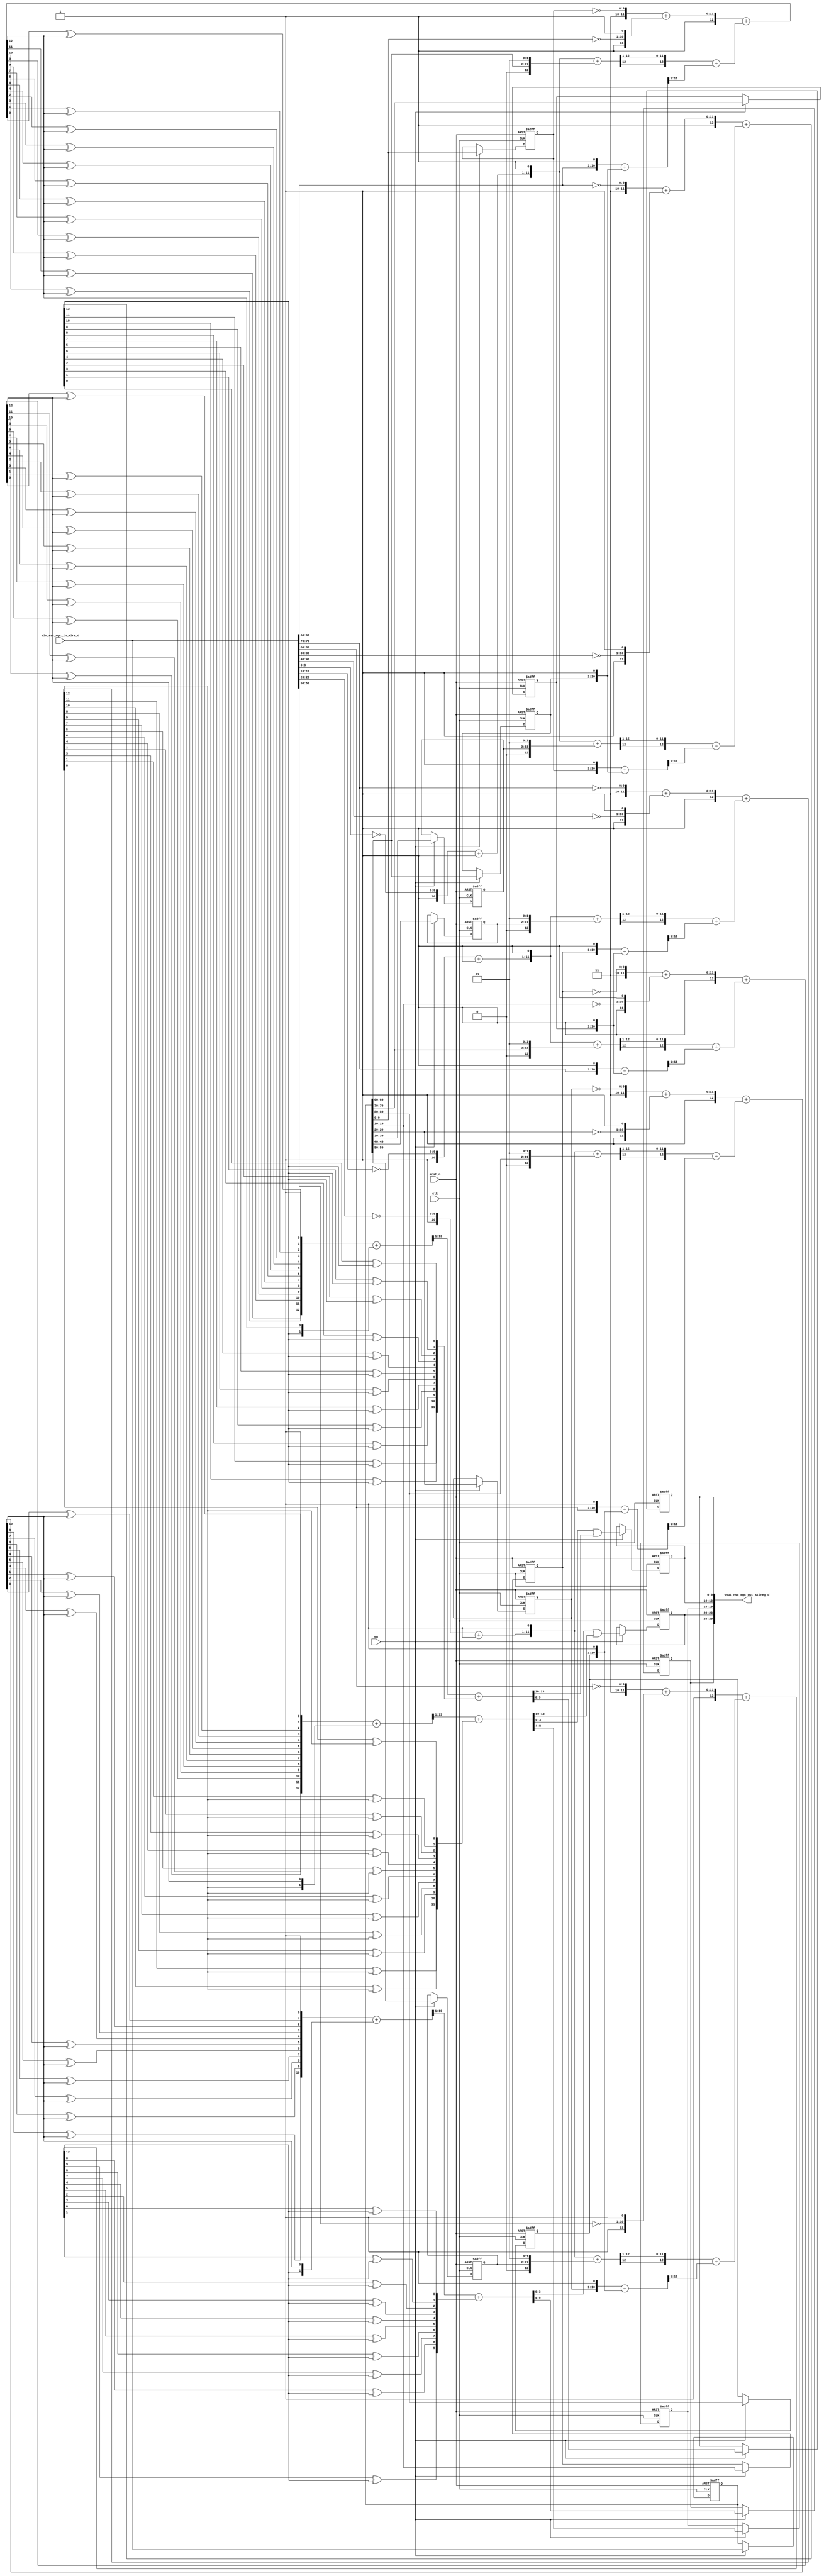
module mean_vga_core (
  clk, en, arst_n, vin_rsc_mgc_in_wire_d, vout_rsc_mgc_out_stdreg_d
);
  input clk;
  input en;
  input arst_n;
  input [89:0] vin_rsc_mgc_in_wire_d;
  output [29:0] vout_rsc_mgc_out_stdreg_d;


  // Interconnect Declarations
  reg [9:0] regs_regs_slc_regs_regs_2_3_itm;
  reg [9:0] regs_regs_slc_regs_regs_2_4_itm;
  reg [9:0] regs_regs_slc_regs_regs_2_5_itm;
  reg [9:0] regs_regs_slc_regs_regs_2_itm;
  reg [9:0] regs_regs_slc_regs_regs_2_6_itm;
  reg [9:0] regs_regs_slc_regs_regs_2_1_itm;
  reg [9:0] regs_regs_slc_regs_regs_2_7_itm;
  reg [9:0] regs_regs_slc_regs_regs_2_2_itm;
  reg [9:0] regs_regs_slc_regs_regs_2_8_itm;
  reg [89:0] reg_regs_regs_0_sva_cse;
  wire [9:0] abs_acc_sdt;
  wire [10:0] nl_abs_acc_sdt;
  reg [5:0] reg_vout_rsc_mgc_out_stdreg_d_tmp;
  reg [3:0] reg_vout_rsc_mgc_out_stdreg_d_tmp_1;
  reg [5:0] reg_vout_rsc_mgc_out_stdreg_d_tmp_2;
  reg [3:0] reg_vout_rsc_mgc_out_stdreg_d_tmp_3;
  reg [9:0] reg_vout_rsc_mgc_out_stdreg_d_tmp_4;
  wire [12:0] FRAME_acc_26_psp_sva;
  wire [14:0] nl_FRAME_acc_26_psp_sva;
  wire [12:0] acc_2_psp_sva;
  wire [14:0] nl_acc_2_psp_sva;
  wire [13:0] FRAME_acc_48_psp_sva;
  wire [14:0] nl_FRAME_acc_48_psp_sva;
  wire [13:0] abs_4_acc_sdt_sva;
  wire [14:0] nl_abs_4_acc_sdt_sva;
  wire [12:0] FRAME_acc_44_psp_sva;
  wire [14:0] nl_FRAME_acc_44_psp_sva;
  wire [12:0] FRAME_acc_13_psp_sva;
  wire [14:0] nl_FRAME_acc_13_psp_sva;
  wire [12:0] FRAME_acc_35_psp_sva;
  wire [14:0] nl_FRAME_acc_35_psp_sva;
  wire [12:0] FRAME_acc_4_psp_sva;
  wire [14:0] nl_FRAME_acc_4_psp_sva;
  wire [10:0] FRAME_acc_12_itm;
  wire [11:0] nl_FRAME_acc_12_itm;
  wire [10:0] FRAME_acc_3_itm;
  wire [11:0] nl_FRAME_acc_3_itm;
  wire [10:0] acc_1_itm;
  wire [11:0] nl_acc_1_itm;


  // Interconnect Declarations for Component Instantiations 
  assign nl_abs_acc_sdt = (readslicef_11_10_1((({((FRAME_acc_26_psp_sva[9]) ^ (FRAME_acc_26_psp_sva[12]))
      , ((FRAME_acc_26_psp_sva[8]) ^ (FRAME_acc_26_psp_sva[12])) , ((FRAME_acc_26_psp_sva[7])
      ^ (FRAME_acc_26_psp_sva[12])) , ((FRAME_acc_26_psp_sva[6]) ^ (FRAME_acc_26_psp_sva[12]))
      , ((FRAME_acc_26_psp_sva[5]) ^ (FRAME_acc_26_psp_sva[12])) , ((FRAME_acc_26_psp_sva[4])
      ^ (FRAME_acc_26_psp_sva[12])) , ((FRAME_acc_26_psp_sva[3]) ^ (FRAME_acc_26_psp_sva[12]))
      , ((FRAME_acc_26_psp_sva[2]) ^ (FRAME_acc_26_psp_sva[12])) , ((FRAME_acc_26_psp_sva[1])
      ^ (FRAME_acc_26_psp_sva[12])) , ((FRAME_acc_26_psp_sva[0]) ^ (FRAME_acc_26_psp_sva[12]))
      , 1'b1}) + conv_u2u_2_11({(acc_2_psp_sva[12]) , (FRAME_acc_26_psp_sva[12])}))))
      + ({((acc_2_psp_sva[9]) ^ (acc_2_psp_sva[12])) , ((acc_2_psp_sva[8]) ^ (acc_2_psp_sva[12]))
      , ((acc_2_psp_sva[7]) ^ (acc_2_psp_sva[12])) , ((acc_2_psp_sva[6]) ^ (acc_2_psp_sva[12]))
      , ((acc_2_psp_sva[5]) ^ (acc_2_psp_sva[12])) , ((acc_2_psp_sva[4]) ^ (acc_2_psp_sva[12]))
      , ((acc_2_psp_sva[3]) ^ (acc_2_psp_sva[12])) , ((acc_2_psp_sva[2]) ^ (acc_2_psp_sva[12]))
      , ((acc_2_psp_sva[1]) ^ (acc_2_psp_sva[12])) , ((acc_2_psp_sva[0]) ^ (acc_2_psp_sva[12]))});
  assign abs_acc_sdt = nl_abs_acc_sdt[9:0];
  assign vout_rsc_mgc_out_stdreg_d = {reg_vout_rsc_mgc_out_stdreg_d_tmp , reg_vout_rsc_mgc_out_stdreg_d_tmp_1
      , reg_vout_rsc_mgc_out_stdreg_d_tmp_2 , reg_vout_rsc_mgc_out_stdreg_d_tmp_3
      , reg_vout_rsc_mgc_out_stdreg_d_tmp_4};
  assign nl_FRAME_acc_26_psp_sva = ({1'b1 , (({2'b11 , (~ regs_regs_slc_regs_regs_2_itm)})
      + ({1'b1 , (~ (reg_regs_regs_0_sva_cse[29:20])) , 1'b1}))}) + (conv_s2s_12_13(readslicef_13_12_1((conv_s2s_12_13({acc_1_itm
      , 1'b1}) + conv_u2s_12_13({(reg_regs_regs_0_sva_cse[89:80]) , 2'b1})))) + conv_u2s_11_13(readslicef_12_11_1((conv_u2u_11_12({(vin_rsc_mgc_in_wire_d[89:80])
      , 1'b1}) + conv_u2u_11_12({regs_regs_slc_regs_regs_2_6_itm , 1'b1})))));
  assign FRAME_acc_26_psp_sva = nl_FRAME_acc_26_psp_sva[12:0];
  assign nl_acc_2_psp_sva = ({1'b1 , (({2'b11 , (~ (vin_rsc_mgc_in_wire_d[89:80]))})
      + ({1'b1 , (~ (vin_rsc_mgc_in_wire_d[59:50])) , 1'b1}))}) + (conv_s2s_12_13(readslicef_13_12_1((conv_s2s_12_13({acc_1_itm
      , 1'b1}) + conv_u2s_12_13({regs_regs_slc_regs_regs_2_3_itm , 2'b1})))) + conv_u2s_11_13(readslicef_12_11_1((conv_u2u_11_12({regs_regs_slc_regs_regs_2_itm
      , 1'b1}) + conv_u2u_11_12({regs_regs_slc_regs_regs_2_6_itm , 1'b1})))));
  assign acc_2_psp_sva = nl_acc_2_psp_sva[12:0];
  assign nl_FRAME_acc_48_psp_sva = conv_u2u_13_14(readslicef_14_13_1((conv_u2u_13_14({((FRAME_acc_35_psp_sva[11])
      ^ (FRAME_acc_35_psp_sva[12])) , ((FRAME_acc_35_psp_sva[10]) ^ (FRAME_acc_35_psp_sva[12]))
      , ((FRAME_acc_35_psp_sva[9]) ^ (FRAME_acc_35_psp_sva[12])) , ((FRAME_acc_35_psp_sva[8])
      ^ (FRAME_acc_35_psp_sva[12])) , ((FRAME_acc_35_psp_sva[7]) ^ (FRAME_acc_35_psp_sva[12]))
      , ((FRAME_acc_35_psp_sva[6]) ^ (FRAME_acc_35_psp_sva[12])) , ((FRAME_acc_35_psp_sva[5])
      ^ (FRAME_acc_35_psp_sva[12])) , ((FRAME_acc_35_psp_sva[4]) ^ (FRAME_acc_35_psp_sva[12]))
      , ((FRAME_acc_35_psp_sva[3]) ^ (FRAME_acc_35_psp_sva[12])) , ((FRAME_acc_35_psp_sva[2])
      ^ (FRAME_acc_35_psp_sva[12])) , ((FRAME_acc_35_psp_sva[1]) ^ (FRAME_acc_35_psp_sva[12]))
      , ((FRAME_acc_35_psp_sva[0]) ^ (FRAME_acc_35_psp_sva[12])) , 1'b1}) + conv_u2u_2_14({(FRAME_acc_4_psp_sva[12])
      , (FRAME_acc_35_psp_sva[12])})))) + conv_u2u_12_14({((FRAME_acc_4_psp_sva[11])
      ^ (FRAME_acc_4_psp_sva[12])) , ((FRAME_acc_4_psp_sva[10]) ^ (FRAME_acc_4_psp_sva[12]))
      , ((FRAME_acc_4_psp_sva[9]) ^ (FRAME_acc_4_psp_sva[12])) , ((FRAME_acc_4_psp_sva[8])
      ^ (FRAME_acc_4_psp_sva[12])) , ((FRAME_acc_4_psp_sva[7]) ^ (FRAME_acc_4_psp_sva[12]))
      , ((FRAME_acc_4_psp_sva[6]) ^ (FRAME_acc_4_psp_sva[12])) , ((FRAME_acc_4_psp_sva[5])
      ^ (FRAME_acc_4_psp_sva[12])) , ((FRAME_acc_4_psp_sva[4]) ^ (FRAME_acc_4_psp_sva[12]))
      , ((FRAME_acc_4_psp_sva[3]) ^ (FRAME_acc_4_psp_sva[12])) , ((FRAME_acc_4_psp_sva[2])
      ^ (FRAME_acc_4_psp_sva[12])) , ((FRAME_acc_4_psp_sva[1]) ^ (FRAME_acc_4_psp_sva[12]))
      , ((FRAME_acc_4_psp_sva[0]) ^ (FRAME_acc_4_psp_sva[12]))});
  assign FRAME_acc_48_psp_sva = nl_FRAME_acc_48_psp_sva[13:0];
  assign nl_abs_4_acc_sdt_sva = conv_u2u_13_14(readslicef_14_13_1((conv_u2u_13_14({((FRAME_acc_44_psp_sva[11])
      ^ (FRAME_acc_44_psp_sva[12])) , ((FRAME_acc_44_psp_sva[10]) ^ (FRAME_acc_44_psp_sva[12]))
      , ((FRAME_acc_44_psp_sva[9]) ^ (FRAME_acc_44_psp_sva[12])) , ((FRAME_acc_44_psp_sva[8])
      ^ (FRAME_acc_44_psp_sva[12])) , ((FRAME_acc_44_psp_sva[7]) ^ (FRAME_acc_44_psp_sva[12]))
      , ((FRAME_acc_44_psp_sva[6]) ^ (FRAME_acc_44_psp_sva[12])) , ((FRAME_acc_44_psp_sva[5])
      ^ (FRAME_acc_44_psp_sva[12])) , ((FRAME_acc_44_psp_sva[4]) ^ (FRAME_acc_44_psp_sva[12]))
      , ((FRAME_acc_44_psp_sva[3]) ^ (FRAME_acc_44_psp_sva[12])) , ((FRAME_acc_44_psp_sva[2])
      ^ (FRAME_acc_44_psp_sva[12])) , ((FRAME_acc_44_psp_sva[1]) ^ (FRAME_acc_44_psp_sva[12]))
      , ((FRAME_acc_44_psp_sva[0]) ^ (FRAME_acc_44_psp_sva[12])) , 1'b1}) + conv_u2u_2_14({(FRAME_acc_13_psp_sva[12])
      , (FRAME_acc_44_psp_sva[12])})))) + conv_u2u_12_14({((FRAME_acc_13_psp_sva[11])
      ^ (FRAME_acc_13_psp_sva[12])) , ((FRAME_acc_13_psp_sva[10]) ^ (FRAME_acc_13_psp_sva[12]))
      , ((FRAME_acc_13_psp_sva[9]) ^ (FRAME_acc_13_psp_sva[12])) , ((FRAME_acc_13_psp_sva[8])
      ^ (FRAME_acc_13_psp_sva[12])) , ((FRAME_acc_13_psp_sva[7]) ^ (FRAME_acc_13_psp_sva[12]))
      , ((FRAME_acc_13_psp_sva[6]) ^ (FRAME_acc_13_psp_sva[12])) , ((FRAME_acc_13_psp_sva[5])
      ^ (FRAME_acc_13_psp_sva[12])) , ((FRAME_acc_13_psp_sva[4]) ^ (FRAME_acc_13_psp_sva[12]))
      , ((FRAME_acc_13_psp_sva[3]) ^ (FRAME_acc_13_psp_sva[12])) , ((FRAME_acc_13_psp_sva[2])
      ^ (FRAME_acc_13_psp_sva[12])) , ((FRAME_acc_13_psp_sva[1]) ^ (FRAME_acc_13_psp_sva[12]))
      , ((FRAME_acc_13_psp_sva[0]) ^ (FRAME_acc_13_psp_sva[12]))});
  assign abs_4_acc_sdt_sva = nl_abs_4_acc_sdt_sva[13:0];
  assign nl_FRAME_acc_44_psp_sva = ({1'b1 , (({2'b11 , (~ regs_regs_slc_regs_regs_2_2_itm)})
      + ({1'b1 , (~ (reg_regs_regs_0_sva_cse[9:0])) , 1'b1}))}) + (conv_s2s_12_13(readslicef_13_12_1((conv_s2s_12_13({FRAME_acc_12_itm
      , 1'b1}) + conv_u2s_12_13({(reg_regs_regs_0_sva_cse[69:60]) , 2'b1})))) + conv_u2s_11_13(readslicef_12_11_1((conv_u2u_11_12({(vin_rsc_mgc_in_wire_d[69:60])
      , 1'b1}) + conv_u2u_11_12({regs_regs_slc_regs_regs_2_8_itm , 1'b1})))));
  assign FRAME_acc_44_psp_sva = nl_FRAME_acc_44_psp_sva[12:0];
  assign nl_FRAME_acc_13_psp_sva = ({1'b1 , (({2'b11 , (~ (vin_rsc_mgc_in_wire_d[69:60]))})
      + ({1'b1 , (~ (vin_rsc_mgc_in_wire_d[39:30])) , 1'b1}))}) + (conv_s2s_12_13(readslicef_13_12_1((conv_s2s_12_13({FRAME_acc_12_itm
      , 1'b1}) + conv_u2s_12_13({regs_regs_slc_regs_regs_2_5_itm , 2'b1})))) + conv_u2s_11_13(readslicef_12_11_1((conv_u2u_11_12({regs_regs_slc_regs_regs_2_2_itm
      , 1'b1}) + conv_u2u_11_12({regs_regs_slc_regs_regs_2_8_itm , 1'b1})))));
  assign FRAME_acc_13_psp_sva = nl_FRAME_acc_13_psp_sva[12:0];
  assign nl_FRAME_acc_35_psp_sva = ({1'b1 , (({2'b11 , (~ regs_regs_slc_regs_regs_2_1_itm)})
      + ({1'b1 , (~ (reg_regs_regs_0_sva_cse[19:10])) , 1'b1}))}) + (conv_s2s_12_13(readslicef_13_12_1((conv_s2s_12_13({FRAME_acc_3_itm
      , 1'b1}) + conv_u2s_12_13({(reg_regs_regs_0_sva_cse[79:70]) , 2'b1})))) + conv_u2s_11_13(readslicef_12_11_1((conv_u2u_11_12({(vin_rsc_mgc_in_wire_d[79:70])
      , 1'b1}) + conv_u2u_11_12({regs_regs_slc_regs_regs_2_7_itm , 1'b1})))));
  assign FRAME_acc_35_psp_sva = nl_FRAME_acc_35_psp_sva[12:0];
  assign nl_FRAME_acc_4_psp_sva = ({1'b1 , (({2'b11 , (~ (vin_rsc_mgc_in_wire_d[79:70]))})
      + ({1'b1 , (~ (vin_rsc_mgc_in_wire_d[49:40])) , 1'b1}))}) + (conv_s2s_12_13(readslicef_13_12_1((conv_s2s_12_13({FRAME_acc_3_itm
      , 1'b1}) + conv_u2s_12_13({regs_regs_slc_regs_regs_2_4_itm , 2'b1})))) + conv_u2s_11_13(readslicef_12_11_1((conv_u2u_11_12({regs_regs_slc_regs_regs_2_1_itm
      , 1'b1}) + conv_u2u_11_12({regs_regs_slc_regs_regs_2_7_itm , 1'b1})))));
  assign FRAME_acc_4_psp_sva = nl_FRAME_acc_4_psp_sva[12:0];
  assign nl_FRAME_acc_12_itm = ({1'b1 , (~ (vin_rsc_mgc_in_wire_d[9:0]))}) + 11'b1;
  assign FRAME_acc_12_itm = nl_FRAME_acc_12_itm[10:0];
  assign nl_FRAME_acc_3_itm = ({1'b1 , (~ (vin_rsc_mgc_in_wire_d[19:10]))}) + 11'b1;
  assign FRAME_acc_3_itm = nl_FRAME_acc_3_itm[10:0];
  assign nl_acc_1_itm = ({1'b1 , (~ (vin_rsc_mgc_in_wire_d[29:20]))}) + 11'b1;
  assign acc_1_itm = nl_acc_1_itm[10:0];
  always @(posedge clk or negedge arst_n) begin
    if ( ~ arst_n ) begin
      regs_regs_slc_regs_regs_2_2_itm <= 10'b0;
      reg_regs_regs_0_sva_cse <= 90'b0;
      regs_regs_slc_regs_regs_2_8_itm <= 10'b0;
      regs_regs_slc_regs_regs_2_1_itm <= 10'b0;
      regs_regs_slc_regs_regs_2_7_itm <= 10'b0;
      regs_regs_slc_regs_regs_2_itm <= 10'b0;
      regs_regs_slc_regs_regs_2_6_itm <= 10'b0;
      regs_regs_slc_regs_regs_2_5_itm <= 10'b0;
      regs_regs_slc_regs_regs_2_4_itm <= 10'b0;
      regs_regs_slc_regs_regs_2_3_itm <= 10'b0;
      reg_vout_rsc_mgc_out_stdreg_d_tmp <= 6'b0;
      reg_vout_rsc_mgc_out_stdreg_d_tmp_1 <= 4'b0;
      reg_vout_rsc_mgc_out_stdreg_d_tmp_2 <= 6'b0;
      reg_vout_rsc_mgc_out_stdreg_d_tmp_3 <= 4'b0;
      reg_vout_rsc_mgc_out_stdreg_d_tmp_4 <= 10'b0;
    end
    else begin
      if ( en ) begin
        regs_regs_slc_regs_regs_2_2_itm <= reg_regs_regs_0_sva_cse[9:0];
        reg_regs_regs_0_sva_cse <= vin_rsc_mgc_in_wire_d;
        regs_regs_slc_regs_regs_2_8_itm <= reg_regs_regs_0_sva_cse[69:60];
        regs_regs_slc_regs_regs_2_1_itm <= reg_regs_regs_0_sva_cse[19:10];
        regs_regs_slc_regs_regs_2_7_itm <= reg_regs_regs_0_sva_cse[79:70];
        regs_regs_slc_regs_regs_2_itm <= reg_regs_regs_0_sva_cse[29:20];
        regs_regs_slc_regs_regs_2_6_itm <= reg_regs_regs_0_sva_cse[89:80];
        regs_regs_slc_regs_regs_2_5_itm <= reg_regs_regs_0_sva_cse[39:30];
        regs_regs_slc_regs_regs_2_4_itm <= reg_regs_regs_0_sva_cse[49:40];
        regs_regs_slc_regs_regs_2_3_itm <= reg_regs_regs_0_sva_cse[59:50];
        reg_vout_rsc_mgc_out_stdreg_d_tmp <= abs_acc_sdt[9:4];
        reg_vout_rsc_mgc_out_stdreg_d_tmp_1 <= (abs_acc_sdt[3:0]) | (FRAME_acc_48_psp_sva[13:10]);
        reg_vout_rsc_mgc_out_stdreg_d_tmp_2 <= FRAME_acc_48_psp_sva[9:4];
        reg_vout_rsc_mgc_out_stdreg_d_tmp_3 <= (FRAME_acc_48_psp_sva[3:0]) | (abs_4_acc_sdt_sva[13:10]);
        reg_vout_rsc_mgc_out_stdreg_d_tmp_4 <= abs_4_acc_sdt_sva[9:0];
      end
    end
  end

  function [9:0] readslicef_11_10_1;
    input [10:0] vector;
    reg [10:0] tmp;
  begin
    tmp = vector >> 1;
    readslicef_11_10_1 = tmp[9:0];
  end
  endfunction


  function [11:0] readslicef_13_12_1;
    input [12:0] vector;
    reg [12:0] tmp;
  begin
    tmp = vector >> 1;
    readslicef_13_12_1 = tmp[11:0];
  end
  endfunction


  function [10:0] readslicef_12_11_1;
    input [11:0] vector;
    reg [11:0] tmp;
  begin
    tmp = vector >> 1;
    readslicef_12_11_1 = tmp[10:0];
  end
  endfunction


  function [12:0] readslicef_14_13_1;
    input [13:0] vector;
    reg [13:0] tmp;
  begin
    tmp = vector >> 1;
    readslicef_14_13_1 = tmp[12:0];
  end
  endfunction


  function  [10:0] conv_u2u_2_11 ;
    input [1:0]  vector ;
  begin
    conv_u2u_2_11 = {{9{1'b0}}, vector};
  end
  endfunction


  function signed [12:0] conv_s2s_12_13 ;
    input signed [11:0]  vector ;
  begin
    conv_s2s_12_13 = {vector[11], vector};
  end
  endfunction


  function signed [12:0] conv_u2s_12_13 ;
    input [11:0]  vector ;
  begin
    conv_u2s_12_13 = {1'b0, vector};
  end
  endfunction


  function signed [12:0] conv_u2s_11_13 ;
    input [10:0]  vector ;
  begin
    conv_u2s_11_13 = {{2{1'b0}}, vector};
  end
  endfunction


  function  [11:0] conv_u2u_11_12 ;
    input [10:0]  vector ;
  begin
    conv_u2u_11_12 = {1'b0, vector};
  end
  endfunction


  function  [13:0] conv_u2u_13_14 ;
    input [12:0]  vector ;
  begin
    conv_u2u_13_14 = {1'b0, vector};
  end
  endfunction


  function  [13:0] conv_u2u_2_14 ;
    input [1:0]  vector ;
  begin
    conv_u2u_2_14 = {{12{1'b0}}, vector};
  end
  endfunction


  function  [13:0] conv_u2u_12_14 ;
    input [11:0]  vector ;
  begin
    conv_u2u_12_14 = {{2{1'b0}}, vector};
  end
  endfunction

endmodule
module mean_vga (
  vin_rsc_z, vout_rsc_z, clk, en, arst_n
);
  input [89:0] vin_rsc_z;
  output [29:0] vout_rsc_z;
  input clk;
  input en;
  input arst_n;


  // Interconnect Declarations
  wire [89:0] vin_rsc_mgc_in_wire_d;
  wire [29:0] vout_rsc_mgc_out_stdreg_d;


  // Interconnect Declarations for Component Instantiations 
  mgc_in_wire #(.rscid(1),
  .width(90)) vin_rsc_mgc_in_wire (
      .d(vin_rsc_mgc_in_wire_d),
      .z(vin_rsc_z)
    );
  mgc_out_stdreg #(.rscid(2),
  .width(30)) vout_rsc_mgc_out_stdreg (
      .d(vout_rsc_mgc_out_stdreg_d),
      .z(vout_rsc_z)
    );
  mean_vga_core mean_vga_core_inst (
      .clk(clk),
      .en(en),
      .arst_n(arst_n),
      .vin_rsc_mgc_in_wire_d(vin_rsc_mgc_in_wire_d),
      .vout_rsc_mgc_out_stdreg_d(vout_rsc_mgc_out_stdreg_d)
    );
endmodule